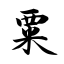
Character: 粟